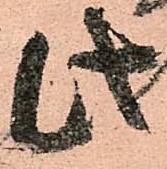
此